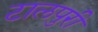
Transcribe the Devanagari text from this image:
टालपुरी